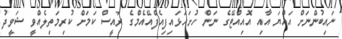
ނައިބުންނަށް އައްޔަ އާއި އޮއިއްޓޭގެ ނަން ހުށަހަޅައިފިއެފްއޭއެމްގެ ރައީސް ކަމަށް ކުރިމަތިލެއްވީ ޝަވީދު